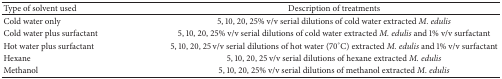
| Type of solvent used | Description of treatments |
 | --- | --- |
 | Cold water only | 5, 10, 20, 25% v/v serial dilutions of cold water extracted M. edulis |
 | Cold water plus surfactant | 5, 10, 20, 25% v/v serial dilutions of cold water extracted M. edulis and 1% v/v surfactant |
 | Hot water plus surfactant | 5, 10, 20, 25 v/v serial dilutions of hot water (70°C) extracted M. edulis and 1% v/v surfactant |
 | Hexane | 5, 10, 20, 25 v/v serial dilutions of hexane extracted M. edulis |
 | Methanol | 5, 10, 20, 25% v/v serial dilutions of methanol extracted M. edulis |